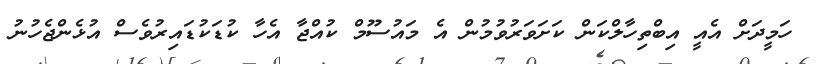
ހަމީދަށް އެއީ އިބްތިހާލްކަން ކަށަވަރުވުމުން އެ މައުސޫމް ކުއްޖާ އެހާ ކުޑަކުޑައިރުވެސް އުޅެންޖެހުނު